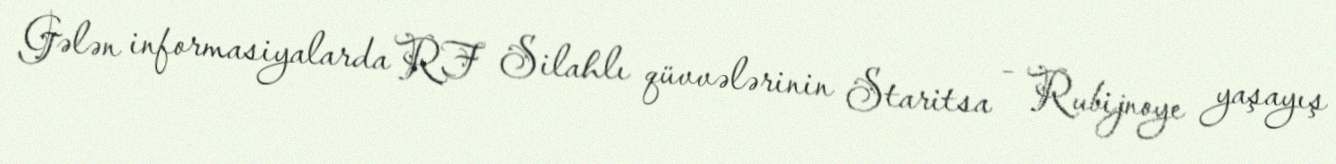
Gələn informasiyalarda RF Silahlı qüvvələrinin Staritsa - Rubijnoye yaşayış